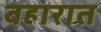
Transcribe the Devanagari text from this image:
बहारात